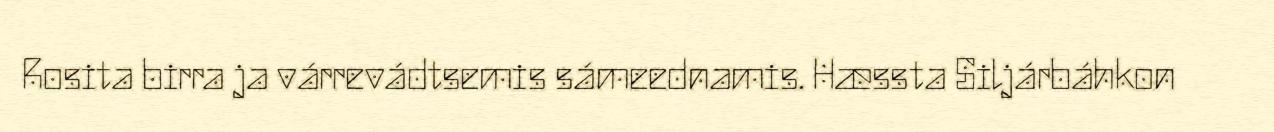
Rosita birra ja várrevádtsemis sámeednamis. Hæssta Siljárbáhkon